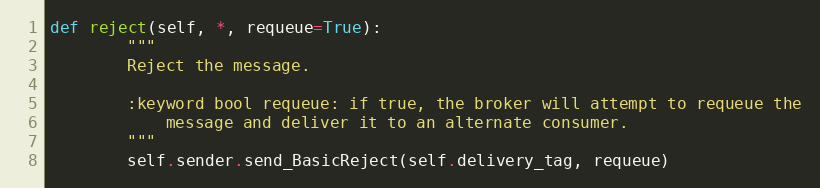
Language: Python
def reject(self, *, requeue=True):
        """
        Reject the message.

        :keyword bool requeue: if true, the broker will attempt to requeue the
            message and deliver it to an alternate consumer.
        """
        self.sender.send_BasicReject(self.delivery_tag, requeue)